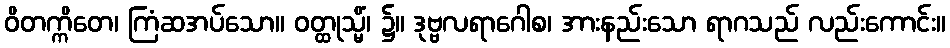
ဝိတက္ကိတေ၊ ကြံဆအပ်သော။ ဝတ္ထုသ္မိံ၊ ၌။ ဒုဗ္ဗလရာဂေါစ၊ အားနည်းသော ရာဂသည် လည်းကောင်း။